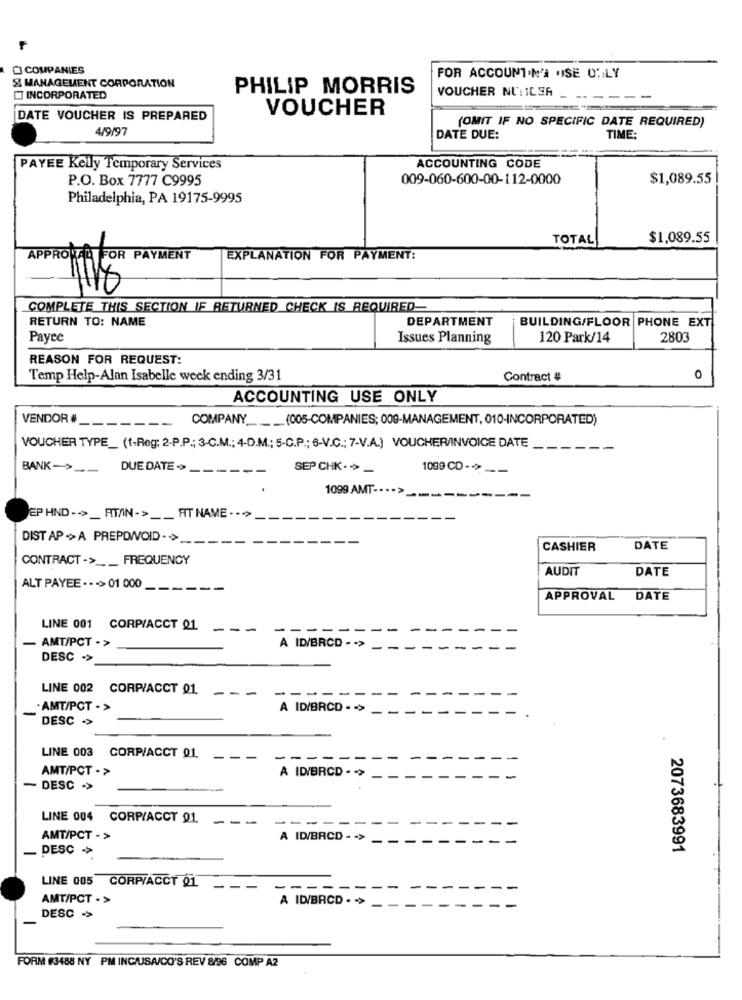
F
COMPANIES
FOR ACCOUNT.N'A USE ONLY
& MANAGEMENT CORPORATION
PHILIP MORRIS
VOUCHER NU: ILSA
INCORPORATED
VOUCHER
DATE VOUCHER IS PREPARED
(OMIT IF NO SPECIFIC DATE REQUIRED)
4/9/97
DATE DUE:
TIME:
PAYEE Kelly Temporary Services
ACCOUNTING CODE
P.O. Box 7777 C9995
009-060-600-00-112-0000
$1,089.55
Philadelphia, PA 19175-9995
TOTAL
$1,089.55
APPROKAL FOR PAYMENT
EXPLANATION FOR PAYMENT:
COMPLETE THIS SECTION IF RETURNED CHECK IS REQUIRED-
RETURN TO: NAME
DEPARTMENT
BUILDING/FLOOR PHONE EXT
Payee
Issues Planning
120 Park/14
2803
REASON FOR REQUEST:
Temp Help-Alan Isabelle week ending 3/31
Contract #
ACCOUNTING USE ONLY
VENDOR #_
COMPANY ____ (005-COMPANIES; 009-MANAGEMENT, 010-INCORPORATED)
----
VOUCHER TYPE_ (1-Reg; 2-P.P .; 3-C.M .; 4-D.M .; 5-C.P .; 6-V.C .; 7-V.A.) VOUCHER/INVOICE DATE
BANK-> __
DUE DATE
SEP CHK. >>_
1099 CD-> --
1099 AMT -. . .
EP HND -- > _ ATAIN-> __ FIT NAME - - - >
DIST AP -> A PREPDIVOID . . >
CASHIER
DATE
CONTRACT -> __ FREQUENCY
AUDIT
DATE
ALT PAYEE . . . > 01 000
APPROVAL
DATE
LINE 001 CORPIACCT 01.
AMT/PCT ->
A ID/BRCD - - >
DESC .>
LINE 002 CORPIACCT 01.
---
--
-
· AMT/PCT - >
A ID/BRCD - - >
DESC >>
LINE 003 CORP/ACCT 01.
-
----
AMT/PCT - >
A ID/BRCD - - >
- DESC .>
LINE 004 CORP/ACCT 01.
---
AMT/PCT - >
A ID/BRCD - - >
. DESC >>
2073683991
LINE 005 CORPIACCT Q1
--
AMT/PCT - >
A ID/BRCD . -
DESC .>
FORM #3488 NY PM ING/USA/CO'S REV 8/96 COMP A2